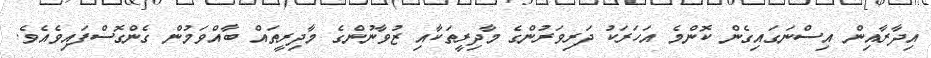
އިދާރާއިން އިސްނަގައިގެން ކޮންމެ އަހަރަކު ދަރިވަރުންގެ މާދިރީތަކާއި ޒުވާނުންގެ މާދިރީތައް ބާއްވަމުން ގެންގޮސްފައިވެއެވެ.